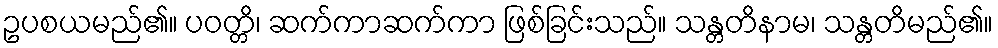
ဥပစယမည်၏။ ပဝတ္တိ၊ ဆက်ကာဆက်ကာ ဖြစ်ခြင်းသည်။ သန္တတိနာမ၊ သန္တတိမည်၏။